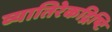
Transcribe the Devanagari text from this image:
व्यातिरेकद्रिष्टि